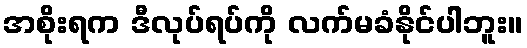
အစိုးရက ဒီလုပ်ရပ်ကို လက်မခံနိုင်ပါဘူး။